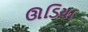
ઊડિયા